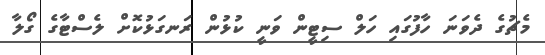
މެޗުގެ ދެވަނަ ހާފުގައި ހަލް ސިޓީން ވަނީ ކުޅުން ރަނގަޅުކޮށް ލެސްޓާގެ ގޯލާ